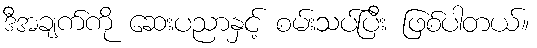
ဒီအချက်ကို ဆေးပညာနှင့် စမ်းသပ်ပြီး ဖြစ်ပါတယ်။